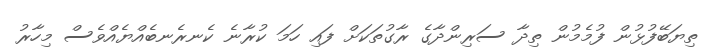
ތިޔަބޭފުޅުން ފުމެމުން ތިދާ ސަރިންދާގެ ރާގުތަކަށް ފައި ހަމަ ކުރާނެ ކެނރެނބެއްޔެއްވެސް މިހާރު